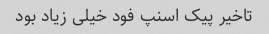
تاخیر پیک اسنپ فود خیلی زیاد بود